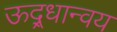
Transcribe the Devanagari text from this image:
ऊद्र्धान्वय